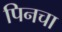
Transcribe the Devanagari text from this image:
पिनचा